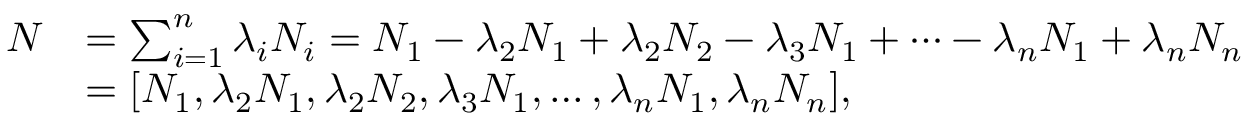
\begin{array} { r l } { N } & { = \sum _ { i = 1 } ^ { n } \lambda _ { i } N _ { i } = N _ { 1 } - \lambda _ { 2 } N _ { 1 } + \lambda _ { 2 } N _ { 2 } - \lambda _ { 3 } N _ { 1 } + \dots - \lambda _ { n } N _ { 1 } + \lambda _ { n } N _ { n } } \\ & { = [ N _ { 1 } , \lambda _ { 2 } N _ { 1 } , \lambda _ { 2 } N _ { 2 } , \lambda _ { 3 } N _ { 1 } , \dots , \lambda _ { n } N _ { 1 } , \lambda _ { n } N _ { n } ] , } \end{array}